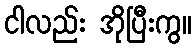
ငါလည်း အိုပြီးကွ။